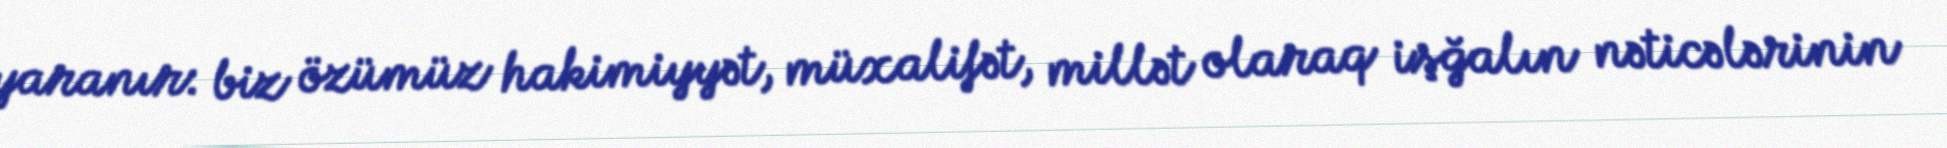
yaranır: biz özümüz hakimiyyət, müxalifət, millət olaraq işğalın nəticələrinin